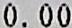
0.00